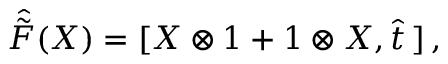
\hat { \tilde { F } } ( X ) = [ X \otimes 1 + 1 \otimes X , \hat { t } \, ] \, ,